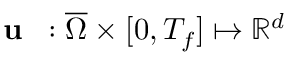
\textbf { u } \, : \overline { { \Omega } } \times [ 0 , T _ { f } ] \mapsto \mathbb { R } ^ { d }